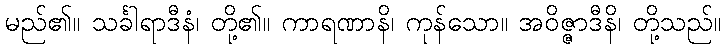
မည်၏။ သင်္ခါရာဒီနံ၊ တို့၏။ ကာရဏာနိ၊ ကုန်သော။ အဝိဇ္ဇာဒီနိ၊ တို့သည်။